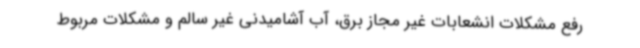
رفع مشکلات انشعابات غیر مجاز برق، آب آشامیدنی غیر سالم و مشکلات مربوط